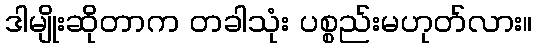
ဒါမျိုးဆိုတာက တခါသုံး ပစ္စည်းမဟုတ်လား။